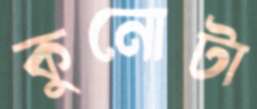
কুনোটা